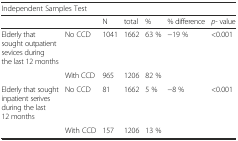
<table><thead><tr><td colspan="7"><b>Independent Samples Test</b></td></tr><tr><td></td><td></td><td><b>N</b></td><td><b>total</b></td><td><b>%</b></td><td><b>% difference</b></td><td><b><i>p</i>- value</b></td></tr></thead><tbody><tr><td>Elderly that sought outpatient sevices during the last 12 months</td><td>No CCD</td><td>1041</td><td>1662</td><td>63 %</td><td>−19 %</td><td>&lt;0.001</td></tr><tr><td></td><td>With CCD</td><td>965</td><td>1206</td><td>82 %</td><td></td><td></td></tr><tr><td>Elderly that sought inpatient serives during the last 12 months</td><td>No CCD</td><td>81</td><td>1662</td><td>5 %</td><td>−8 %</td><td>&lt;0.001</td></tr><tr><td></td><td>With CCD</td><td>157</td><td>1206</td><td>13 %</td><td></td><td></td></tr></tbody></table>